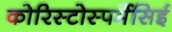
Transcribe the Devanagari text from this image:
कोरिस्टोस्पर्मेसिई